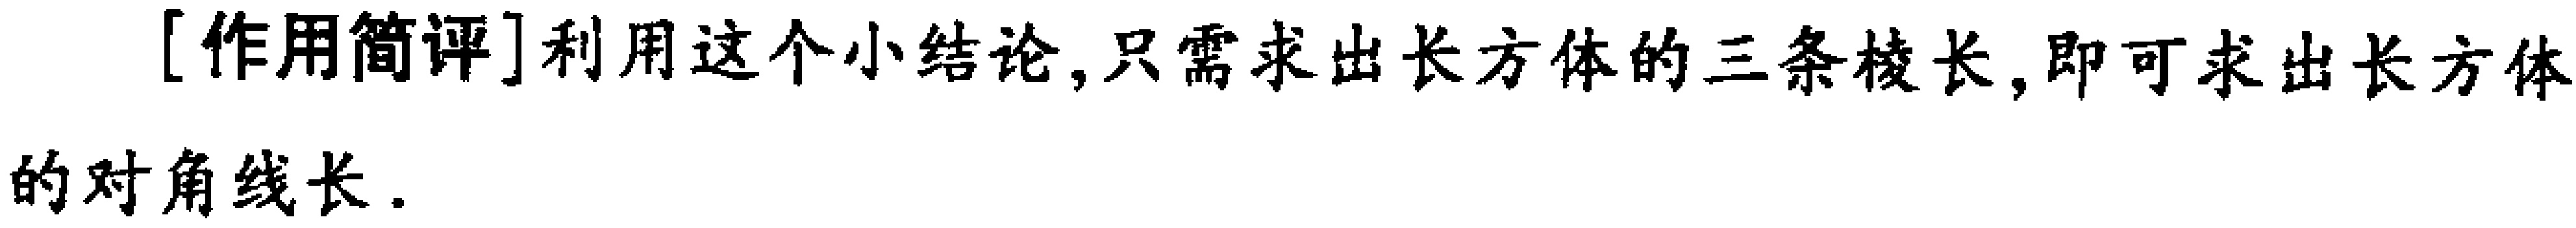
[作用简评]利用这个小结论,只需求出长方体的三条棱长,即可求出长方体的对角线长.